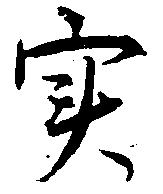
実